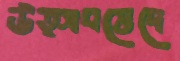
উত্সবভেদে